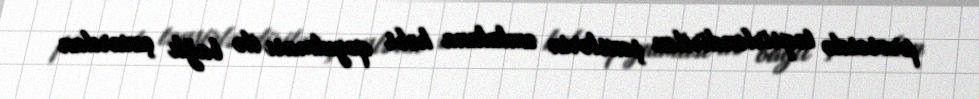
prosesdə təqsirləndirilən şəxslərin əmlakına həbs qoyulması ilə bağlı çıxarılan